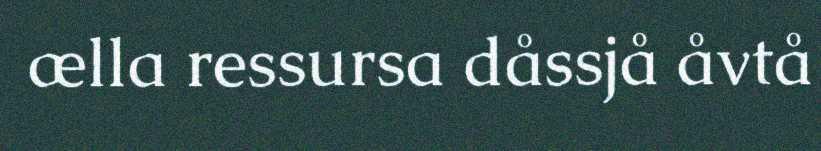
ælla ressursa dåssjå åvtå